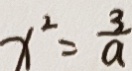
x ^ { 2 } = \frac { 3 } { a }